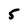
Character: 5